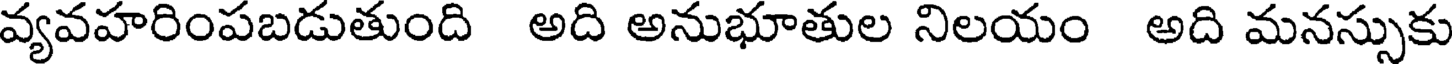
వ్యవహరింపబడుతుంది అది అనుభూతుల నిలయం అది మనస్సుకు